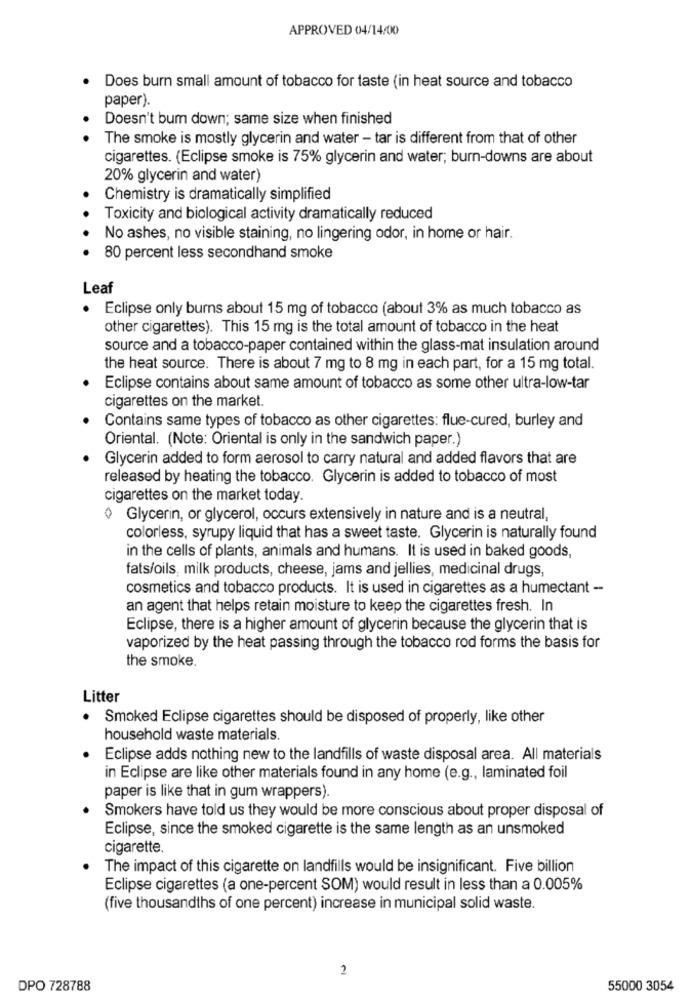
APPROVED 04/14/00
Does burn small amount of tobacco for taste (in heat source and tobacco
paper).
Doesn't bum down; same size when finished
The smoke is mostly glycerin and water - tar is different from that of other
cigarettes. (Eclipse smoke is 75% glycerin and water; burn-downs are about
20% glycerin and water)
Chemistry is dramatically simplified
Toxicity and biological activity dramatically reduced
No ashes, no visible staining, no lingering odor, in home or hair.
80 percent less secondhand smoke
Leaf
· Eclipse only burns about 15 mg of tobacco (about 3% as much tobacco as
other cigarettes). This 15 mg is the total amount of tobacco in the heat
source and a tobacco-paper contained within the glass-mat insulation around
the heat source. There is about 7 mg to 8 mg in each part, for a 15 mg total.
Eclipse contains about same amount of tobacco as some other ultra-low-tar
cigarettes on the market.
Contains same types of tobacco as other cigarettes: flue-cured, burley and
Oriental. (Note: Oriental is only in the sandwich paper.)
Glycerin added to form aerosol to carry natural and added flavors that are
released by heating the tobacco. Glycerin is added to tobacco of most
cigarettes on the market today.
Glycerin, or glycerol, occurs extensively in nature and is a neutral,
colorless, syrupy liquid that has a sweet taste. Glycerin is naturally found
in the cells of plants, animals and humans. It is used in baked goods,
fats/oils, milk products, cheese, jams and jellies, medicinal drugs,
cosmetics and tobacco products. It is used in cigarettes as a humectant --
an agent that helps retain moisture to keep the cigarettes fresh. In
Eclipse, there is a higher amount of glycerin because the glycerin that is
vaporized by the heat passing through the tobacco rod forms the basis for
the smoke.
Litter
Smoked Eclipse cigarettes should be disposed of properly, like other
household waste materials.
Eclipse adds nothing new to the landfills of waste disposal area. All materials
in Eclipse are like other materials found in any home (e.g ., laminated foil
paper is like that in gum wrappers).
Smokers have told us they would be more conscious about proper disposal of
Eclipse, since the smoked cigarette is the same length as an unsmoked
cigarette.
The impact of this cigarette on landfills would be insignificant. Five billion
Eclipse cigarettes (a one-percent SOM) would result in less than a 0.005%
(five thousandths of one percent) increase in municipal solid waste.
2
DPO 728788
55000 3054